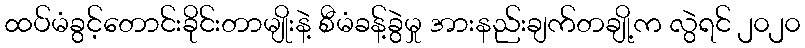
ထပ်မံခွင့်တောင်းခိုင်းတာမျိုးနဲ့ စီမံခန့်ခွဲမှု အားနည်းချက်တချို့က လွဲရင် ၂၀၂၀